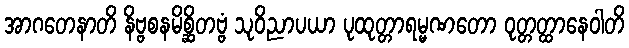
အာဂတေနာတိ နိဗ္ဗစနမိစ္ဆိတဗ္ဗံ သုဝိညာပယာ ပုထုတ္တာရမ္မဏတော ဝုတ္တတ္ထာနေဝါတိ